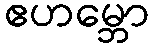
ဧဟမ္ဘော